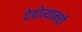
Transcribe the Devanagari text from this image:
देवोत्थानची